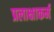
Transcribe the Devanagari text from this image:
प्रलाक्षाकर्म